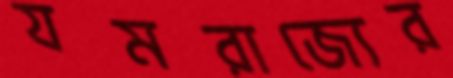
যমরাজ্যের